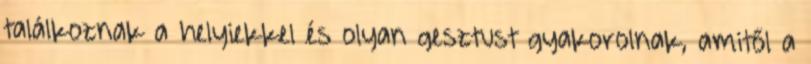
találkoznak a helyiekkel és olyan gesztust gyakorolnak, amitől a